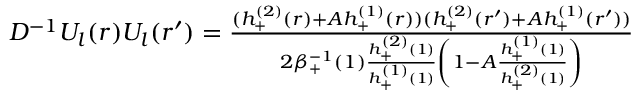
\begin{array} { r } { D ^ { - 1 } U _ { l } ( r ) U _ { l } ( r ^ { \prime } ) = \frac { ( h _ { + } ^ { ( 2 ) } ( r ) + A h _ { + } ^ { ( 1 ) } ( r ) ) ( h _ { + } ^ { ( 2 ) } ( r ^ { \prime } ) + A h _ { + } ^ { ( 1 ) } ( r ^ { \prime } ) ) } { 2 \beta _ { + } ^ { - 1 } ( 1 ) \frac { h _ { + } ^ { ( 2 ) } ( 1 ) } { h _ { + } ^ { ( 1 ) } ( 1 ) } \left( 1 - A \frac { h _ { + } ^ { ( 1 ) } ( 1 ) } { h _ { + } ^ { ( 2 ) } ( 1 ) } \right) } } \end{array}